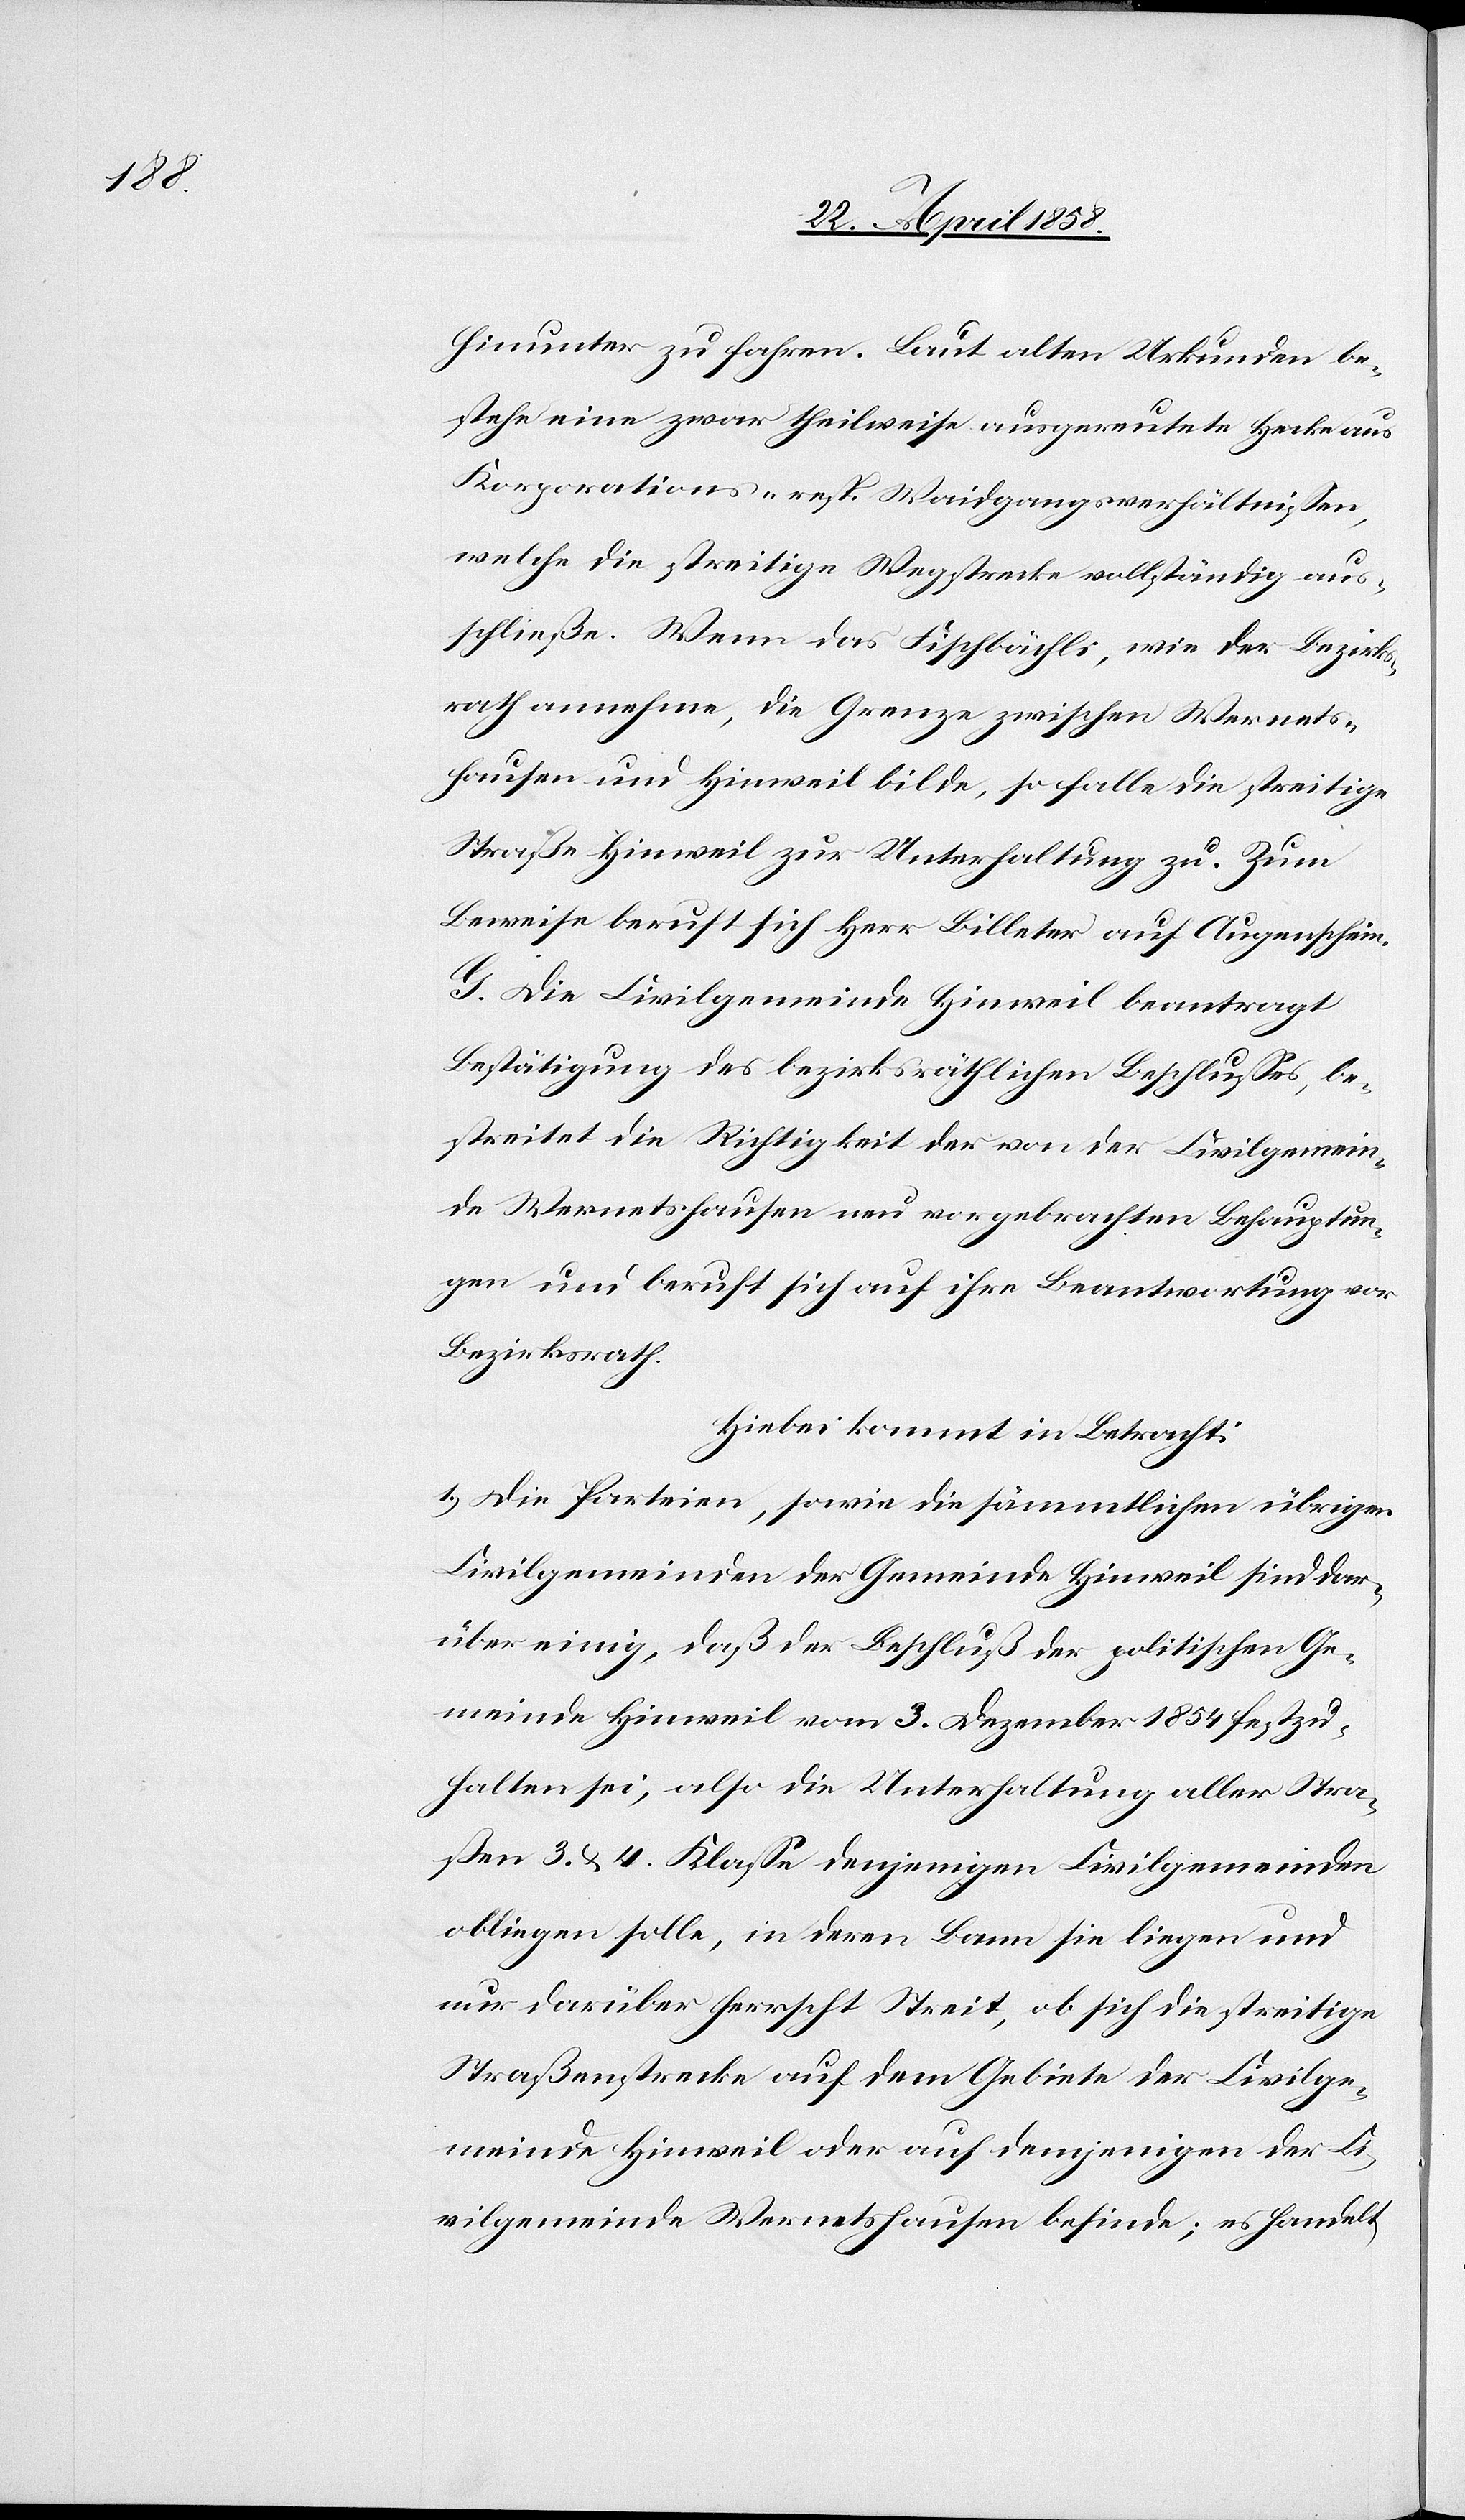
hinunter zu fahren. Laut alten Urkunden be¬
stehe eine zwar theilweise ausgereutete Hecke aus
Korporations- resp. Waidgangsverhältnissen,
welche die streitige Wegstrecke vollständig aus¬
schließe. Wenn das Fischbächli, wie der Bezirks¬
rath annehme, die Grenze zwischen Wernets¬
hausen und Hinweil bilde, so falle die streitige
Straße Hinweil zur Unterhaltung zu. Zum
Beweise beruft sich Herr Billeter auf Augenschein.
G. Die Civilgemeinde Hinweil beantragt
Bestätigung des bezirksräthlichen Beschlusses, be¬
streitet die Richtigkeit der von der Civilgemein¬
de Wernetshausen neu vorgebrachten Behauptun¬
gen und beruft sich auf ihre Beantwortung vor
Bezirksrath.
Hiebei kommt in Betracht:
1.) Die Parteien, sowie die sämmtlichen übrigen
Civilgemeinden der Gemeinde Hinweil sind dar¬
über einig, daß der Beschluß der politischen Ge¬
meinde Hinweil vom 3. Dezember 1854 festzu¬
halten sei, also die Unterhaltung aller Stra¬
ßen 3. & 4. Klasse denjenigen Civilgemeinden
obliegen solle, in deren Bann sie liegen und
nur darüber herrscht Streit, ob sich die streitige
Straßenstrecke auf dem Gebiete der Civilge¬
meinde Hinweil oder auf demjenigen der Ci¬
vilgemeinde Wernetshausen befinde; es handelt